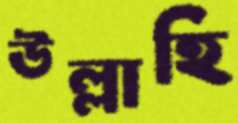
উল্লাহি